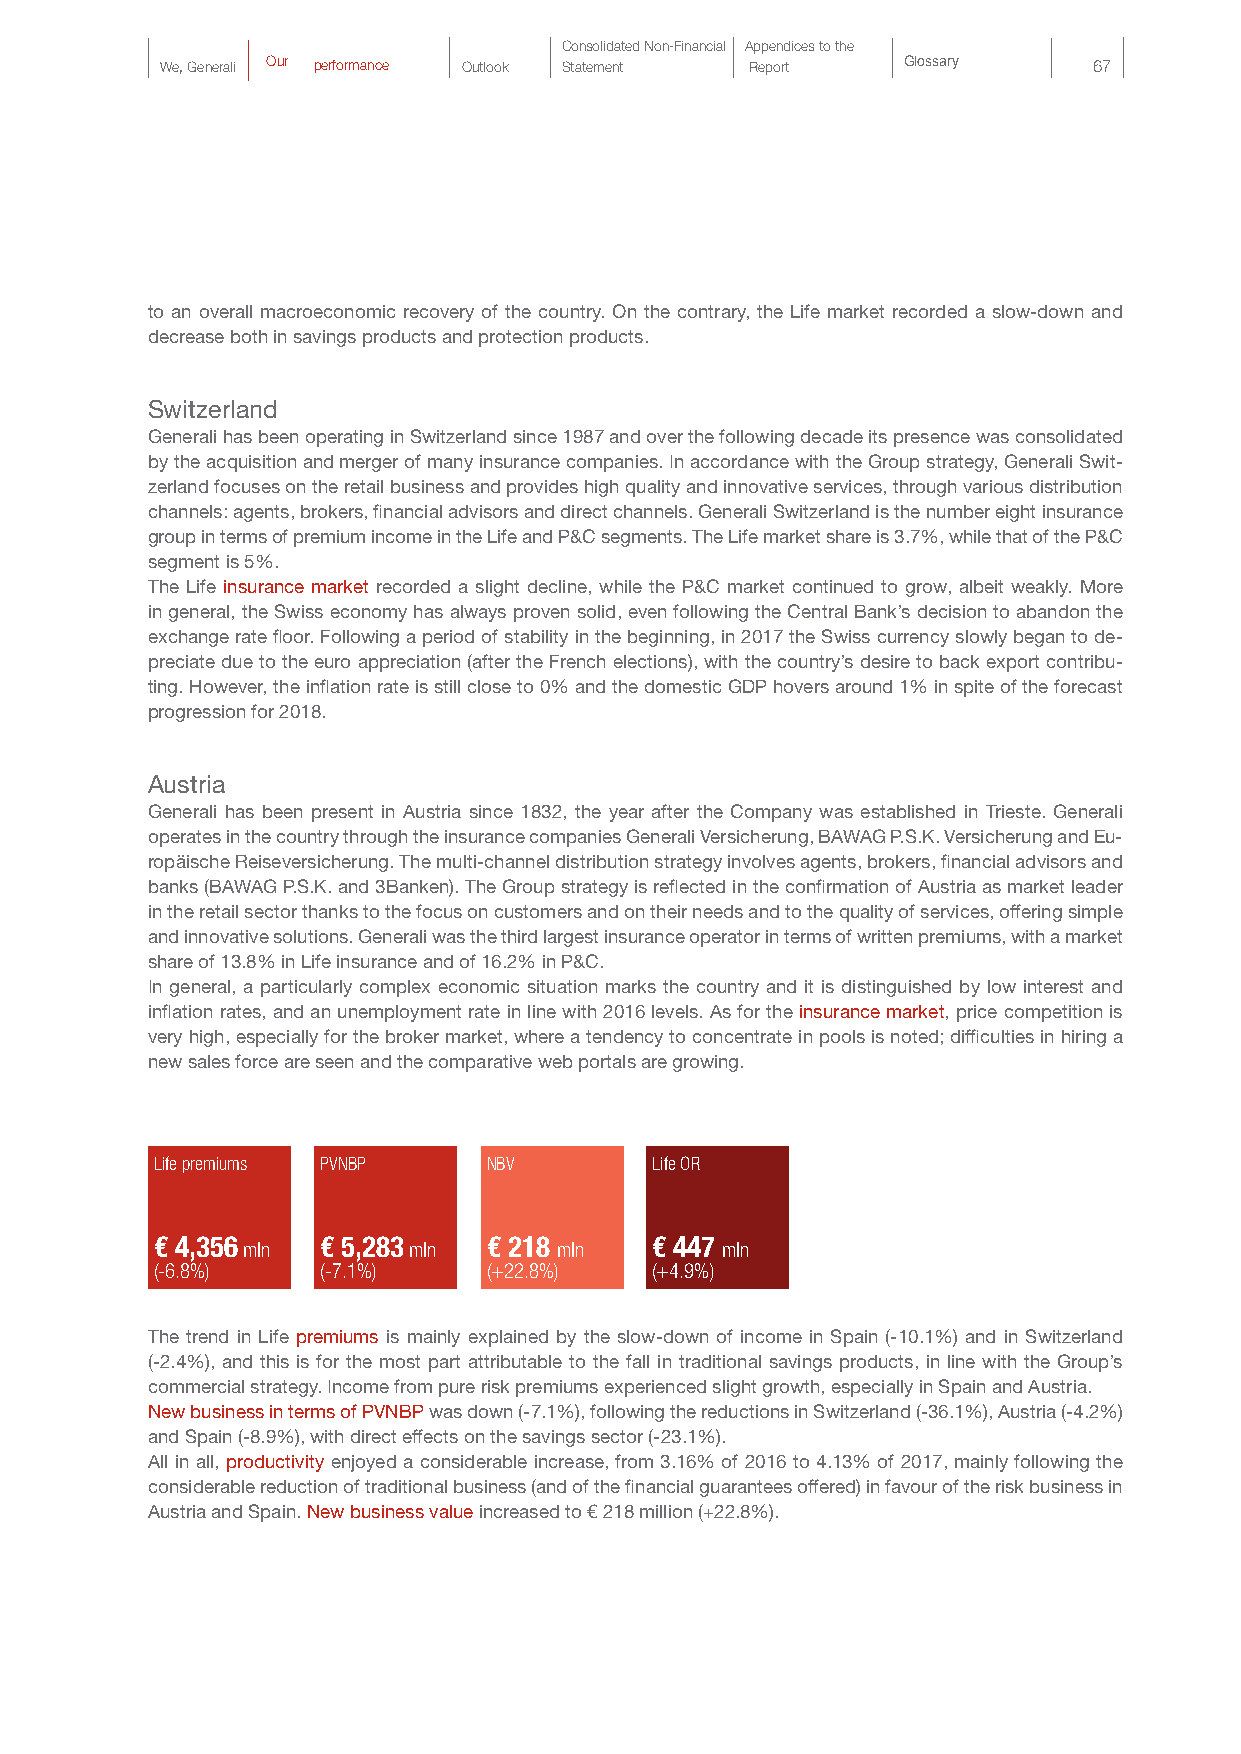
Consolidated Non-Financial Appendices to the
 We, Generali Our performance Outlook Statement Report Glossary 67
 to an overall macroeconomic recovery of the country. On the contrary, the Life market recorded a slow-down and
 decrease both in savings products and protection products.
 Switzerland
 Generali has been operating in Switzerland since 1987 and over the following decade its presence was consolidated
 by the acquisition and merger of many insurance companies. In accordance with the Group strategy, Generali Swit-
 zerland focuses on the retail business and provides high quality and innovative services, through various distribution
 channels: agents, brokers, financial advisors and direct channels. Generali Switzerland is the number eight insurance
 group in terms of premium income in the Life and P&C segments. The Life market share is 3.7%, while that of the P&C
 segment is 5%.
 The Life insurance market recorded a slight decline, while the P&C market continued to grow, albeit weakly. More
 in general, the Swiss economy has always proven solid, even following the Central Bank’s decision to abandon the
 exchange rate floor. Following a period of stability in the beginning, in 2017 the Swiss currency slowly began to de-
 preciate due to the euro appreciation (after the French elections), with the country’s desire to back export contribu-
 ting. However, the inflation rate is still close to 0% and the domestic GDP hovers around 1% in spite of the forecast
 progression for 2018.
 Austria
 Generali has been present in Austria since 1832, the year after the Company was established in Trieste. Generali
 operates in the country through the insurance companies Generali Versicherung, BAWAG P.S.K. Versicherung and Eu-
 ropäische Reiseversicherung. The multi-channel distribution strategy involves agents, brokers, financial advisors and
 banks (BAWAG P.S.K. and 3Banken). The Group strategy is reflected in the confirmation of Austria as market leader
 in the retail sector thanks to the focus on customers and on their needs and to the quality of services, offering simple
 and innovative solutions. Generali was the third largest insurance operator in terms of written premiums, with a market
 share of 13.8% in Life insurance and of 16.2% in P&C.
 In general, a particularly complex economic situation marks the country and it is distinguished by low interest and
 inflation rates, and an unemployment rate in line with 2016 levels. As for the insurance market, price competition is
 very high, especially for the broker market, where a tendency to concentrate in pools is noted; difficulties in hiring a
 new sales force are seen and the comparative web portals are growing.
 Life premiums PVNBP   NBV        Life OR
 € 4,356 mln € 5,283 mln € 218 mln € 447 mln
 (-6.8%)    (-7.1%)    (+22.8%)   (+4.9%)
 The trend in Life premiums is mainly explained by the slow-down of income in Spain (-10.1%) and in Switzerland
 (-2.4%), and this is for the most part attributable to the fall in traditional savings products, in line with the Group’s
 commercial strategy. Income from pure risk premiums experienced slight growth, especially in Spain and Austria.
 New business in terms of PVNBP was down (-7.1%), following the reductions in Switzerland (-36.1%), Austria (-4.2%)
 and Spain (-8.9%), with direct effects on the savings sector (-23.1%).
 All in all, productivity enjoyed a considerable increase, from 3.16% of 2016 to 4.13% of 2017, mainly following the
 considerable reduction of traditional business (and of the financial guarantees offered) in favour of the risk business in
 Austria and Spain. New business value increased to € 218 million (+22.8%).